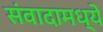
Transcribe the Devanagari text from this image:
संवादामध्ये